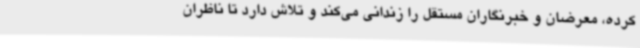
کرده، معرضان و خبرنگاران مستقل را زندانی می‌کند و تلاش دارد تا ناظران